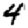
Digit: 4